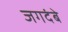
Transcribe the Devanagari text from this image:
जगदंबे